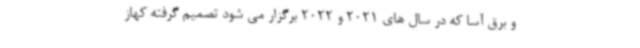
و برق آسا که در سال های 2021 و 2022 برگزار می شود تصمیم گرفته کهاز